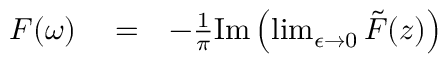
\begin{array} { r l r } { F ( \omega ) } & { { } = } & { - \frac { 1 } { \pi } \mathrm { I m } \left( \operatorname* { l i m } _ { \epsilon \to 0 } \tilde { F } ( z ) \right) } \end{array}